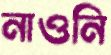
নাওনি